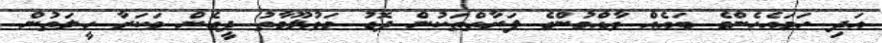
އަދި ހަމައެހެންމެ ބައެއް ޢާއްމުންގެ ފަރާތްތަކުން ދޮގު މަޢުލޫމާތު ދީގެން މަކަރާ ހީލަތުން